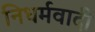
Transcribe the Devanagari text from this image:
निधर्मवादी